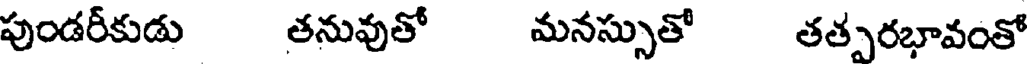
పుండరీకుడు తనువుతో మనస్సుతో తత్పరభావంతో